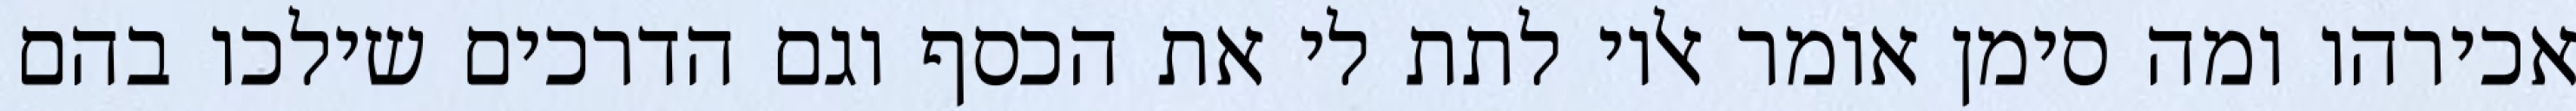
אכירהו ומה סימן אומר אליו לתת לי את הכסף וגם הדרכים שילכו בהם